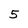
Character: 5